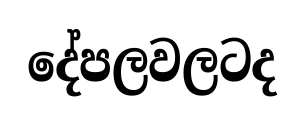
දේපලවලටද